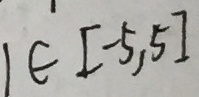
1 \in [ - 5 , 5 ]